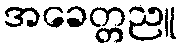
အခေတ္တညူ